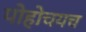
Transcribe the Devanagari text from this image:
पोहोचयच